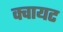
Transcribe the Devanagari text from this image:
क्वायट